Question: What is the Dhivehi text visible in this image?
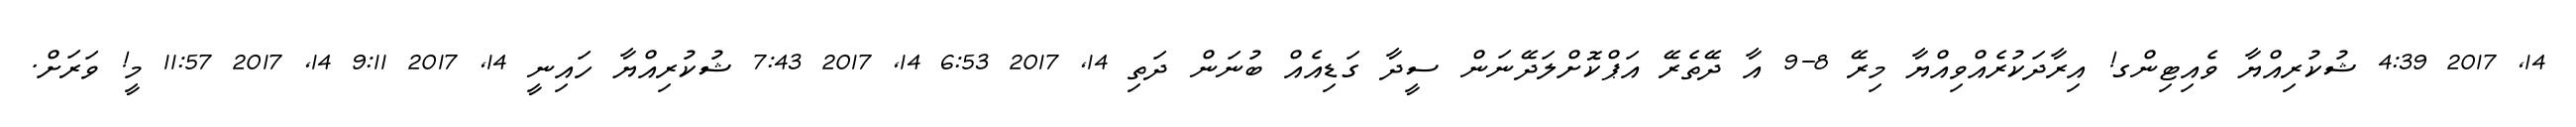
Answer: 14, 2017 4:39 ޝުކުރިއްޔާ ވެއިޓިންގ! އިރާދަކުރެއްވިއްޔާ މިރޭ 8-9 އާ ދޭތެރޭ އަޕްކޮށްލަދޭނަން ސީދާ ގަޑިއެއް ބުނަން ދަތި 14, 2017 6:53 14, 2017 7:43 ޝުކުރިއްޔާ ހައިނީ 14, 2017 9:11 14, 2017 11:57 މީ! ވަރަށް.